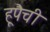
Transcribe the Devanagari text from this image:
हूपैची